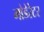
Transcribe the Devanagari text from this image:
मोडेरेटर